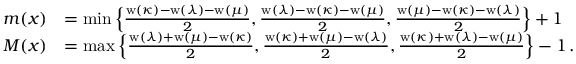
\begin{array} { r l } { m ( x ) } & { = \operatorname* { m i n } \left\{ \frac { \mathrm { w } ( \kappa ) - \mathrm { w } ( \lambda ) - \mathrm { w } ( \mu ) } { 2 } , \frac { \mathrm { w } ( \lambda ) - \mathrm { w } ( \kappa ) - \mathrm { w } ( \mu ) } { 2 } , \frac { \mathrm { w } ( \mu ) - \mathrm { w } ( \kappa ) - \mathrm { w } ( \lambda ) } { 2 } \right\} + 1 } \\ { M ( x ) } & { = \operatorname* { m a x } \left\{ \frac { \mathrm { w } ( \lambda ) + \mathrm { w } ( \mu ) - \mathrm { w } ( \kappa ) } { 2 } , \frac { \mathrm { w } ( \kappa ) + \mathrm { w } ( \mu ) - \mathrm { w } ( \lambda ) } { 2 } , \frac { \mathrm { w } ( \kappa ) + \mathrm { w } ( \lambda ) - \mathrm { w } ( \mu ) } { 2 } \right\} - 1 \, . } \end{array}